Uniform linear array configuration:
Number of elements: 48
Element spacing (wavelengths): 0.25
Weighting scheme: exponential
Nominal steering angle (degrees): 30
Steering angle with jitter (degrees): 30.924
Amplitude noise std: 0.05
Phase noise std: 0.05

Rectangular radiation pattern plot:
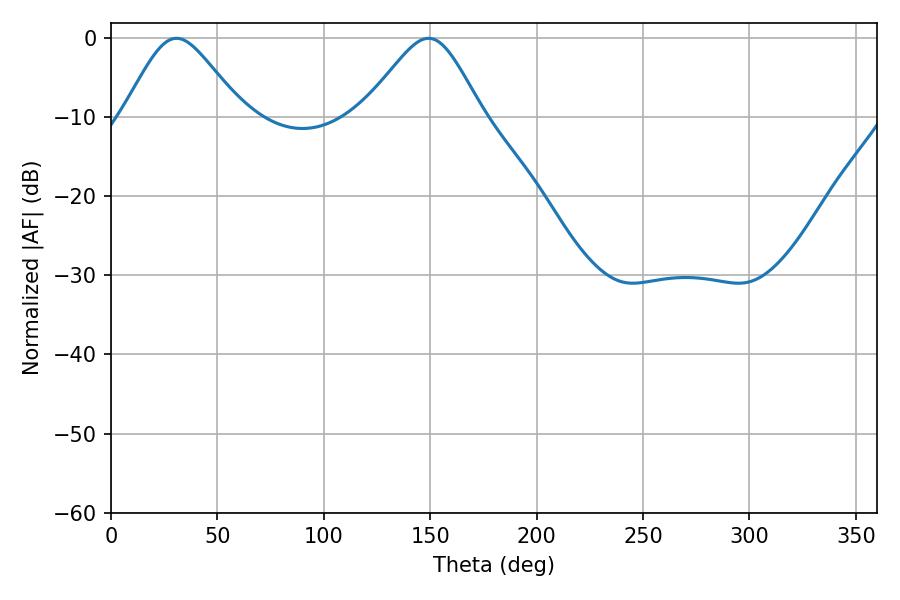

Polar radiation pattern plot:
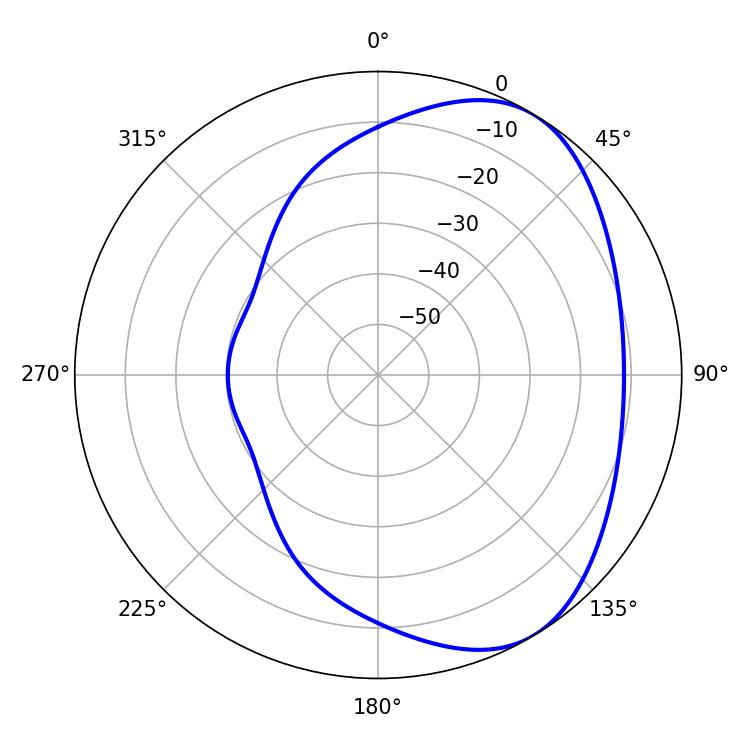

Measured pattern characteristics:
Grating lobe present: FALSE
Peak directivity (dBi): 4.916
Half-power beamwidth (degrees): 27.54
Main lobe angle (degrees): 30.78